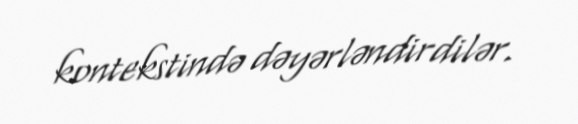
kontekstində dəyərləndirdilər.